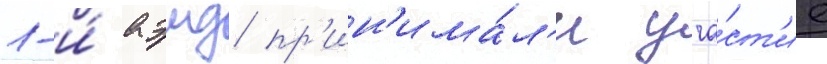
1-и́ аэмд пр'ин'има́л'и уча́ст'ие